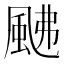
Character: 𩖼